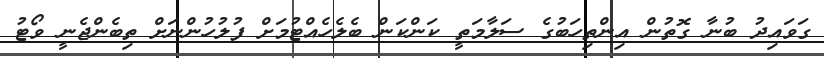
ގަވައިދު ބުނާ ގޮތުން އިންތިހަބުގެ ސަލާމަތީ ކަންކަން ބެލެހެއްޓުމަށް ފުލުހުންނަށް ތިބެންޖެނީ ވޯޓު